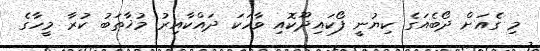
މި ގެއަށް ދޯބެއަގެ ކިޔުނީ ފޯކައިދޫކޮއި ވާހަކަ ދައްކާއިރު މުޚާތަބު ކުރާ މީހާގެ